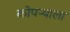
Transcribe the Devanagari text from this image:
कोपऱ्याला